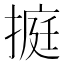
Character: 㨩